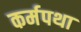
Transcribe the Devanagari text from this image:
कर्मपथा